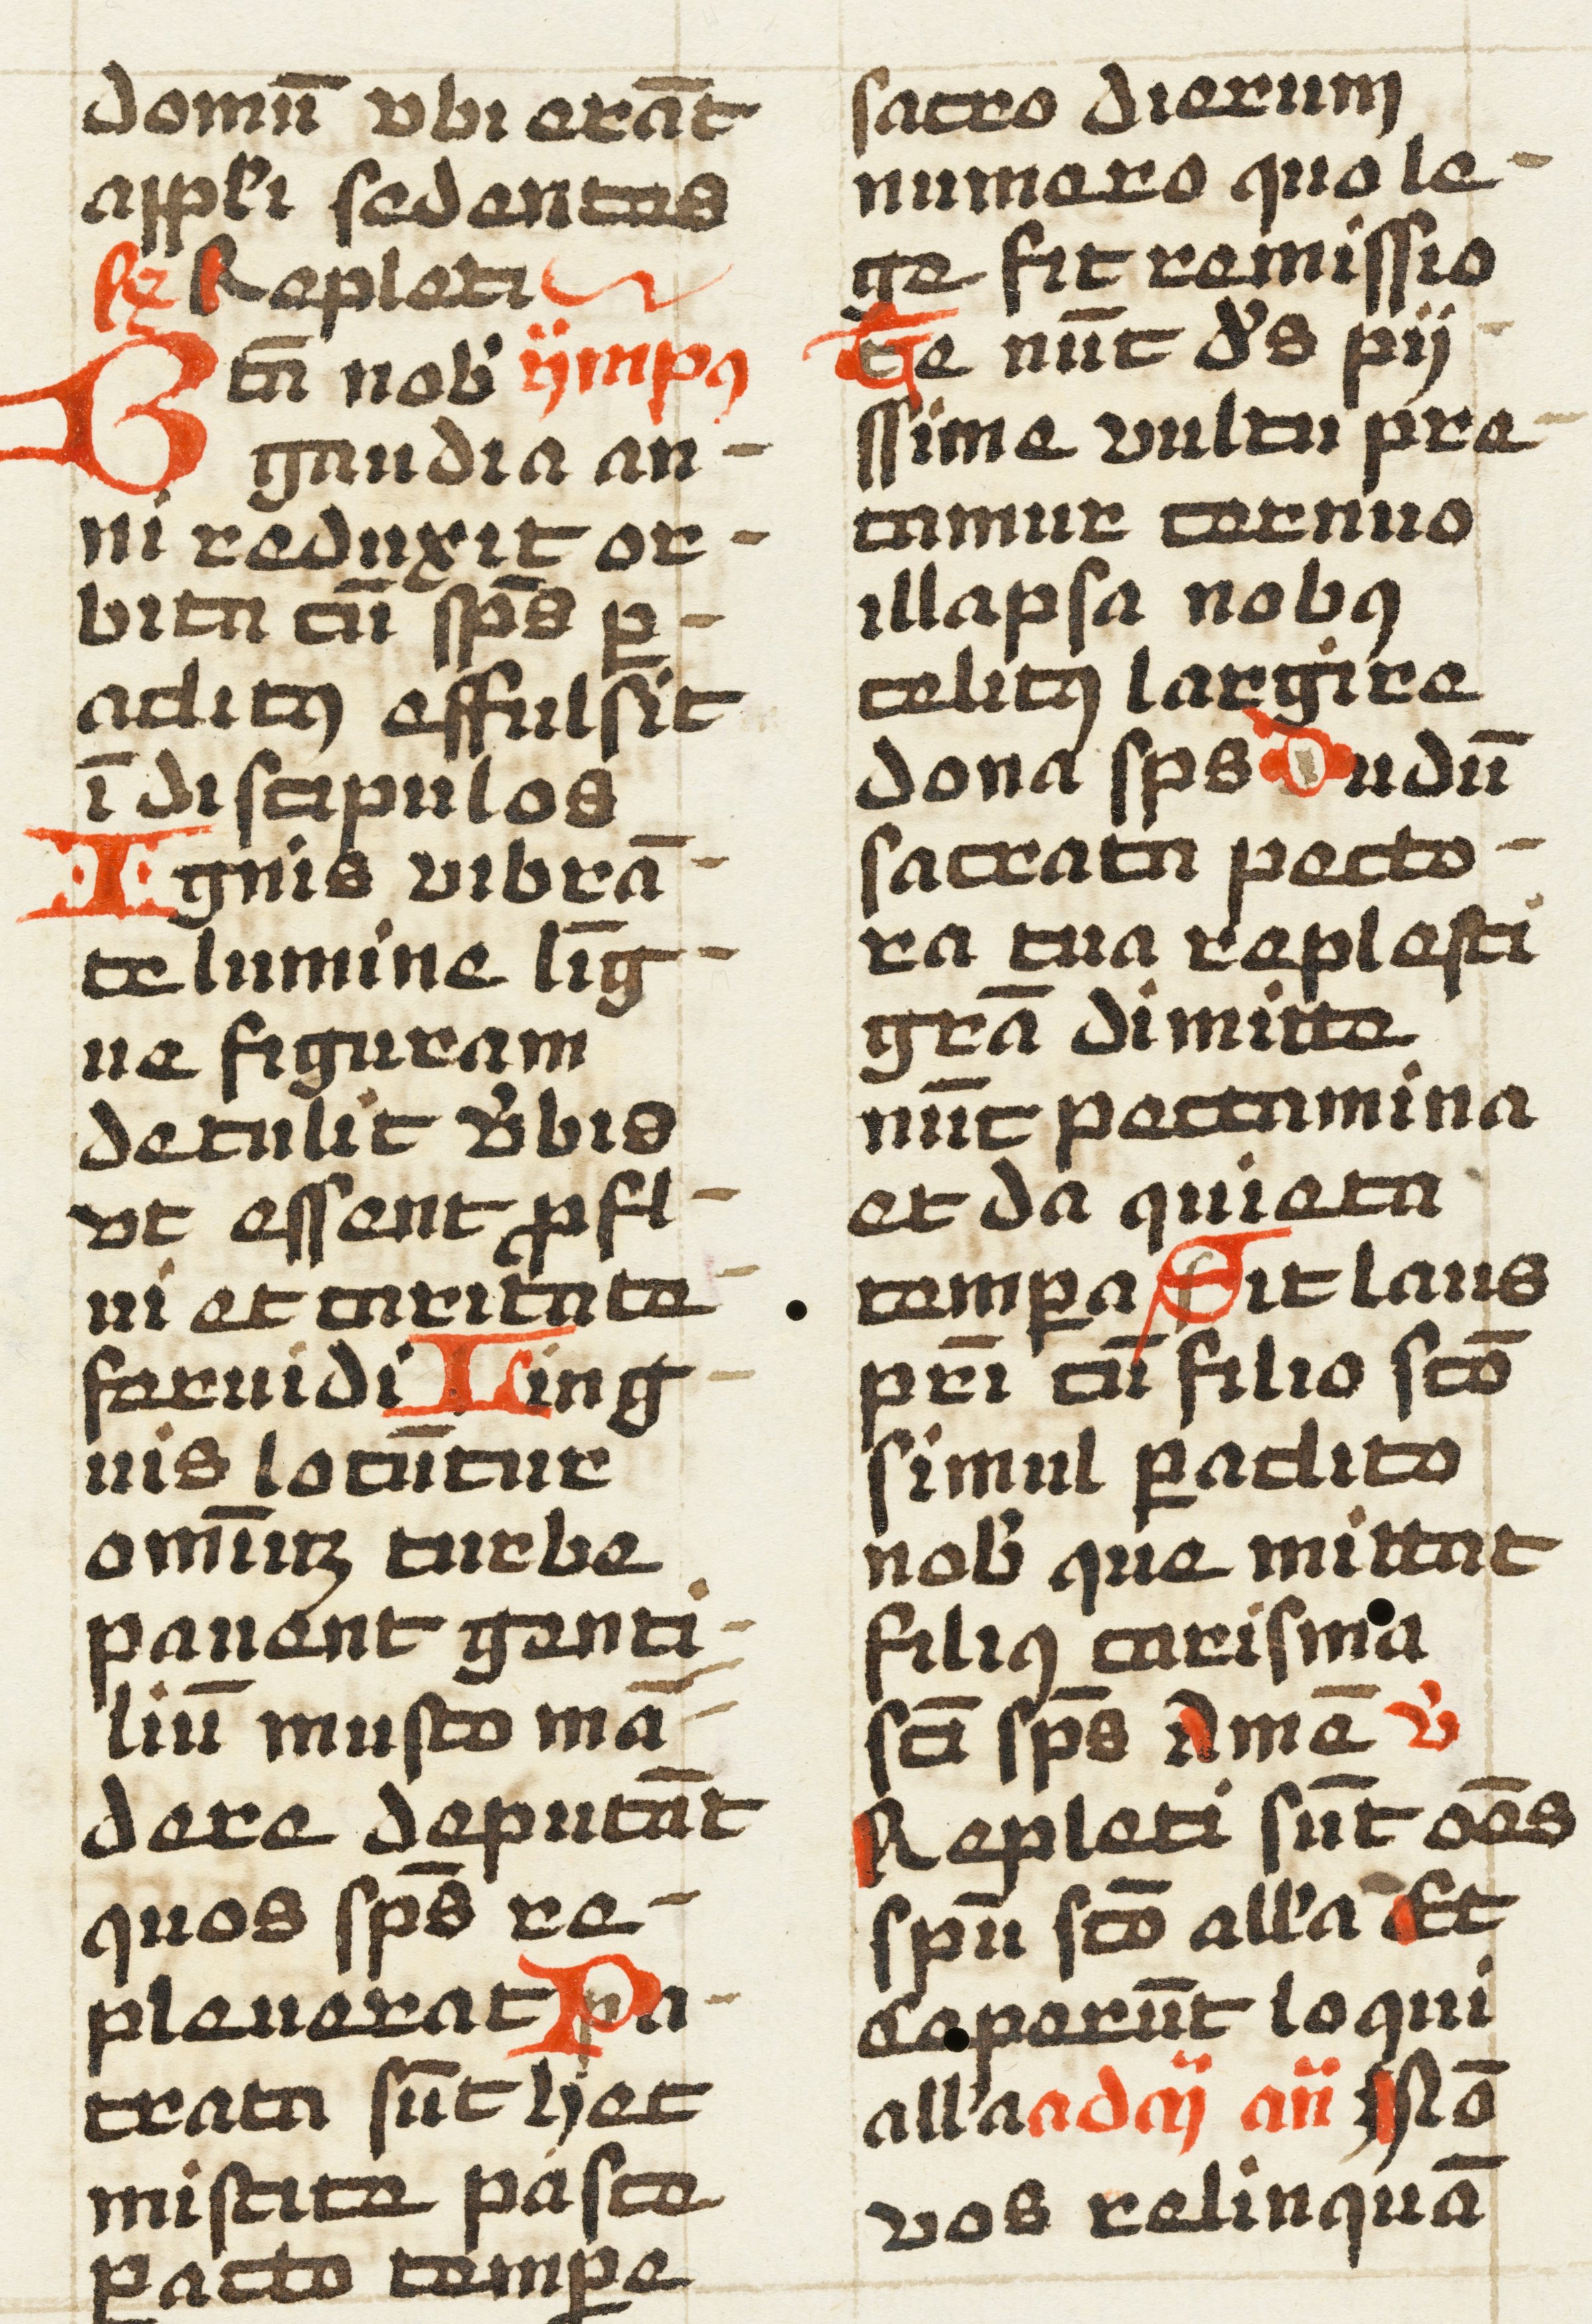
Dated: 1457–1498